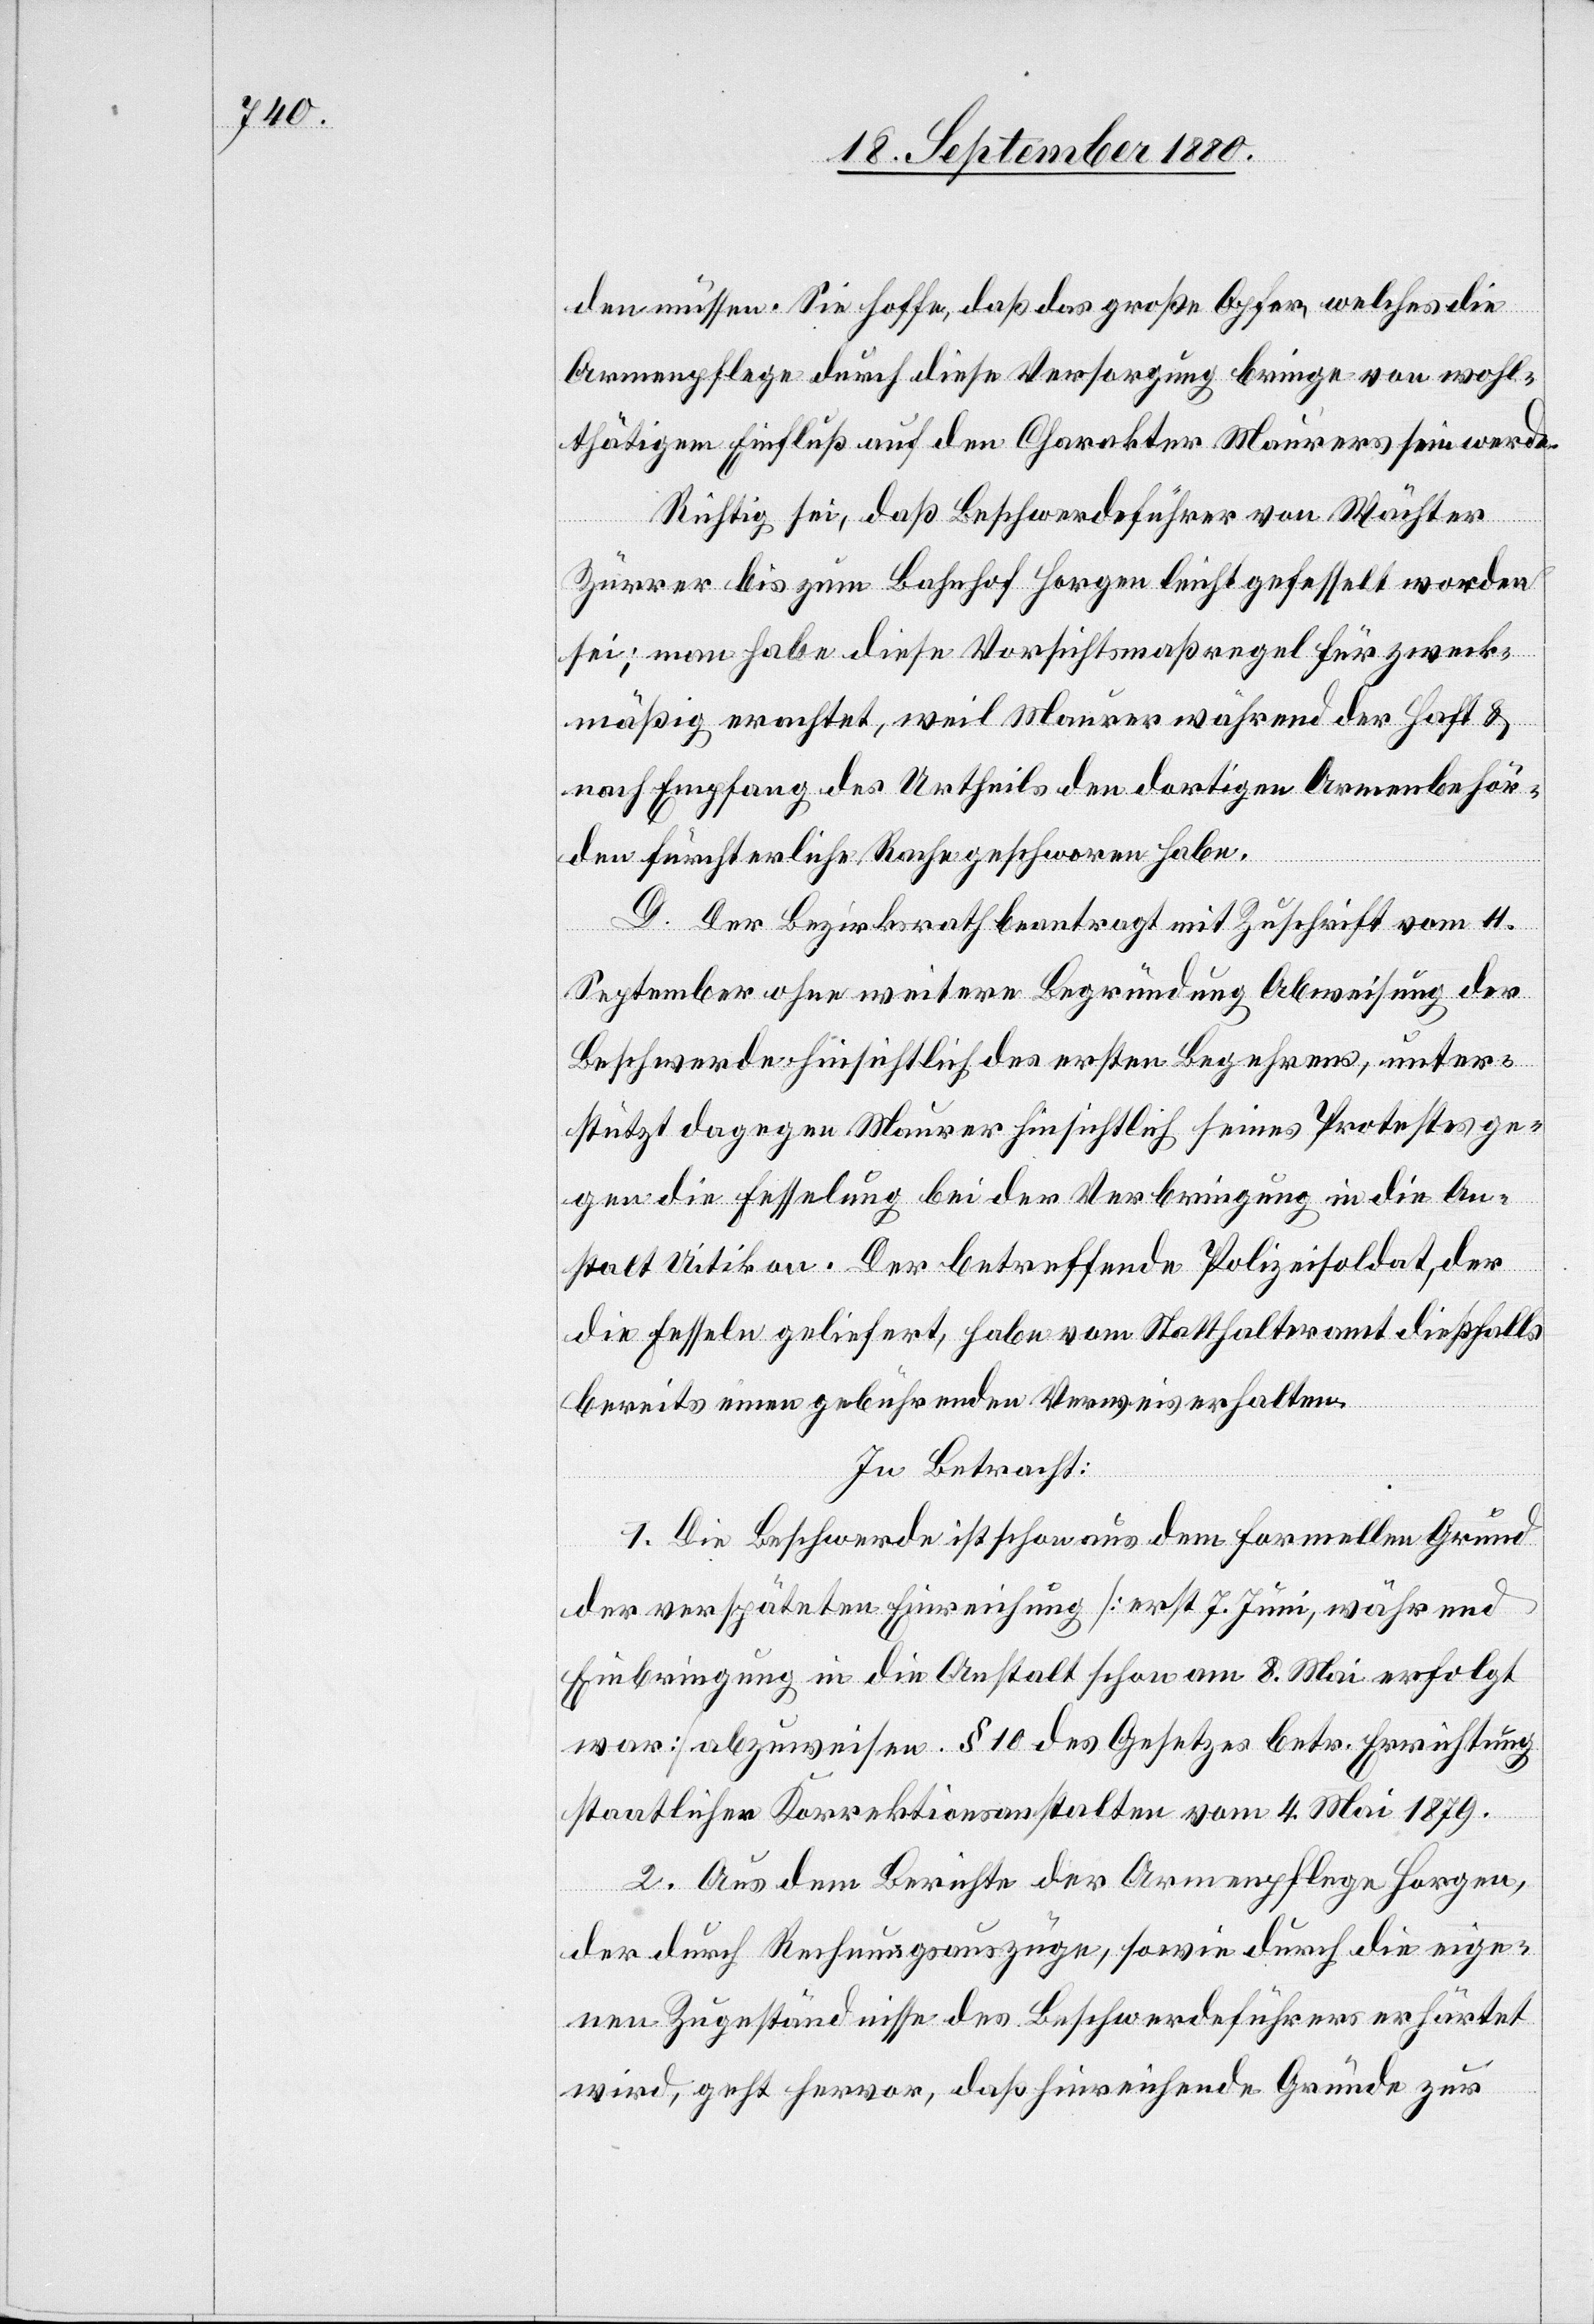
den müssen. Sie hoffe, daß das große Opfer, welches die
Armenpflege durch diese Versorgung bringe von wohl¬
thätigem Einfluß auf den Charakter Maurers sein werde.
Richtig sei, daß Beschwerdeführer von Wächter
Zürrer bis zum Bahnhof Horgen leicht gefesselt worden
sei; man habe diese Vorsichtsmaßregel für zweck¬
mäßig erachtet, weil Maurer während der Haft &
nach Empfang des Urtheils den dortigen Armenbehör¬
den fürchterliche Rache geschworen habe.
D. Der Bezirksrath beantragt mit Zuschrift vom 4.
September ohne weitere Begründung Abweisung der
Beschwerde hinsichtlich des ersten Begehrens, unter¬
stützt dagegen Maurer hinsichtlich seines Protestes ge¬
gen die Fesselung bei der Verbringung in die An¬
stalt Uitikon. Der betreffende Polizeisoldat, der
die Fesseln geliefert, habe vom Statthalteramt dießfalls
bereist einen gebührenden Verweis erhalten.
In Betracht:
1. Die Beschwerde ist schon aus dem formellen Grund
der verspäteten Einreichung [erst 7. Juni, während
Einbringung in die Anstalt schon am 8. Mai erfolgt
war] abzuweisen. § 10 des Gesetzes betr. Errichtung
staatlicher Korrektionsanstalten vom 4. Mai 1879.
2. Aus dem Berichte der Armenpflege Horgen,
der durch Rechnungsauszüge, sowie durch die eige¬
ne Zugeständnisse des Beschwerdeführers erhärtet
wird, geht hervor, daß hinreichende Gründe zur